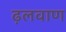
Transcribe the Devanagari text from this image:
ढ़लवाण